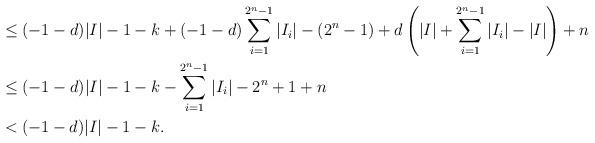
LaTeX: \begin{align*}&\leq (-1-d)|I| - 1 - k + (-1-d)\sum_{i=1}^{2^n-1} |I_i| - (2^n - 1) + d\left(|I| + \sum_{i=1}^{2^n - 1}|I_i| - |I|\right) + n \\&\leq (-1-d)|I| - 1 -k - \sum_{i=1}^{2^n-1} |I_i| - 2^n +1 + n \\&< (-1-d)|I| - 1 - k.\end{align*}